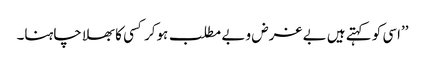
’’اسی کو کہتے ہیں بے غرض و بے مطلب ہوکر کسی کا بھلا چاہنا۔